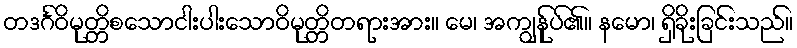
တဒင်္ဂဝိမုတ္တိစသောငါးပါးသောဝိမုတ္တိတရားအား။ မေ၊ အကျွန်ုပ်၏။ နမော၊ ရှိခိုးခြင်းသည်။